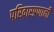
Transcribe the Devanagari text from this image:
परिवारप्रणाली